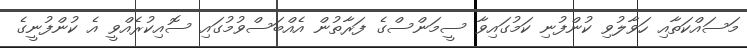
މަސައްކަތާއި ހަވާލުވި ކުންފުނި ކަމުގައިވާ ސީމަންސްގެ ފަރާތުން އެއްބަސްވުމުގައި ސޮއިކުރެއްވީ އެ ކުންފުނީގެ